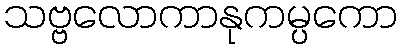
သဗ္ဗလောကာနုကမ္ပကော